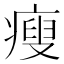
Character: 瘦